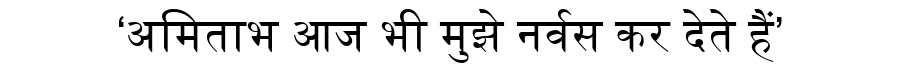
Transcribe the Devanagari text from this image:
‘अमिताभ आज भी मुझे नर्वस कर देते हैं’